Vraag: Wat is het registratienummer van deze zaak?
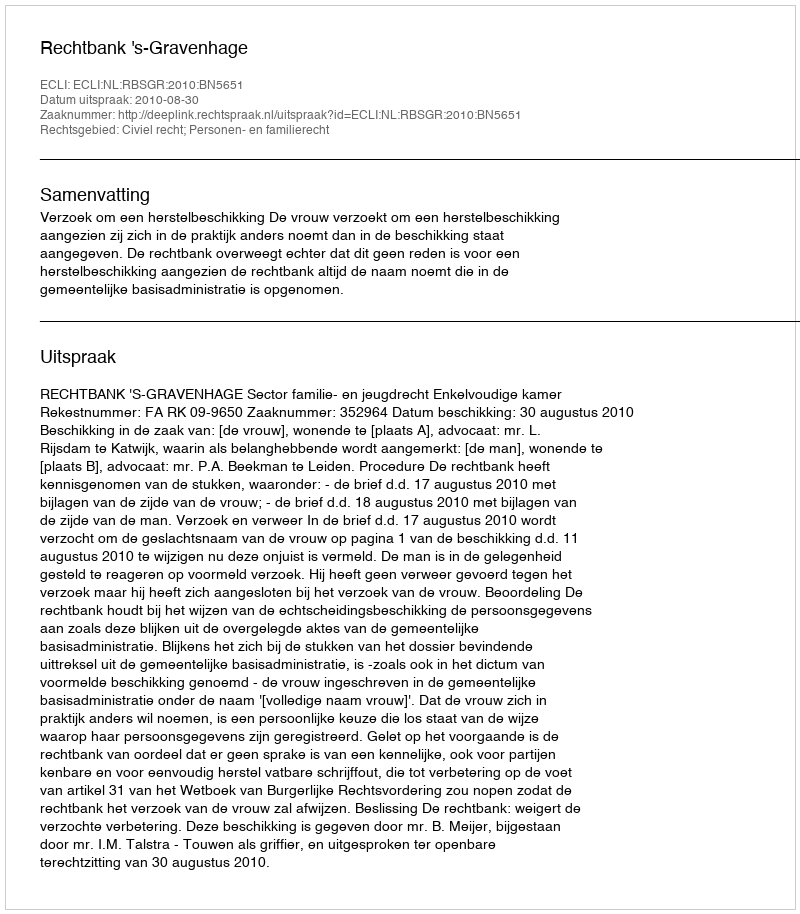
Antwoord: http://deeplink.rechtspraak.nl/uitspraak?id=ECLI:NL:RBSGR:2010:BN5651